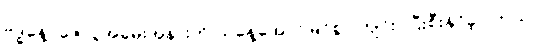
ဗုဒ္ဓနေ့ပူဇော်ပွဲအခမ်းအနားကို ယနေ့အောင်မြင်စွာ ကျင်းပပြီးစီးနိုင်ခဲ့ပါတယ်။